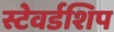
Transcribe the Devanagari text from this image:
स्टेवर्डशिप